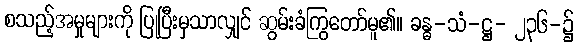
စသည့်အမှုများကို ပြုပြီးမှသာလျှင် ဆွမ်းခံကြွတော်မူ၏။ ခန္ဓ-သံ-ဋ္ဌ- ၂၃၆-၌